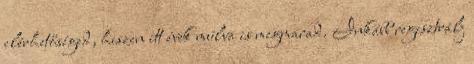
elérhetőséged, hiszen itt évek múlva is megmarad. Inkább regisztrálj